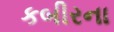
કબીરના